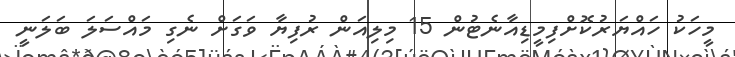
މީހަކު ހައްޔަރުކޮށްފިމީޑިއާނެޓުން 15 މިލިއަން ރުފިޔާ ވަގަށް ނެގި މައްސަލަ ބަލަނީ